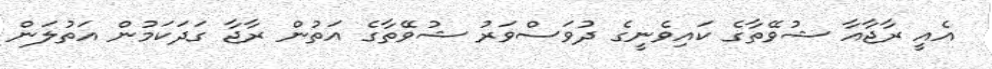
އެއީ ރާޖާއާ ޝުވޭތާގެ ކައިވެނީގެ ދުވަސްވަރު ޝުވޭތާގެ އަތުން ރާޖާ ގަދަކަމުން އަތުލަން